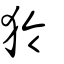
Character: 狑